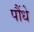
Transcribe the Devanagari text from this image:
पौंधे